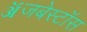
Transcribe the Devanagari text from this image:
ॲजबेस्टॉस